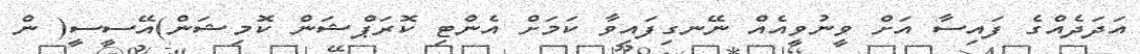
އަދަދެއްގެ ފައިސާ އަށް ވީނުވީއެއް ނޭނގިފައިވާ ކަމަށް އެންޓި ކޮރަޕްޝަން ކޮމިޝަން)އޭސީސީ( ން